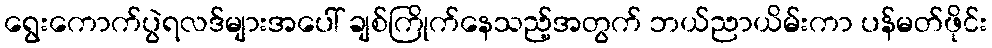
ရွေးကောက်ပွဲရလဒ်များအပေါ် ချစ်ကြိုက်နေသည့်အတွက် ဘယ်ညာယိမ်းကာ ပန်မတ်ဖိုင်း